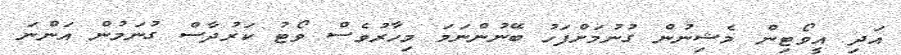
އަދި އީވޯޓިން މެޝިނުން ގުނުމަށްފަހު ބޭނުންނަމަ މިހާރުވެސް ވޯޓު ކަރުދާސް ގުނަމުން އަންނަ